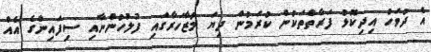
އެ ދުވަހު އިދިކޮޅު ފަރާތްތަކުން ކުރަމުން ދިޔަ މުޒާހަރާގައި ފުލުހުންނާއި ސިފައިންގެ އެއް